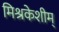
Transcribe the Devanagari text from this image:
मिश्रकेशीम्